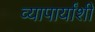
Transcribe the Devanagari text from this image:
व्यापार्यांशी